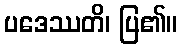
ပဒေဿတိ၊ ပြ၏။